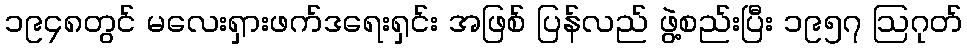
၁၉၄၈တွင် မလေးရှားဖက်ဒရေးရှင်း အဖြစ် ပြန်လည် ဖွဲ့စည်းပြီး ၁၉၅၇ ဩဂုတ်